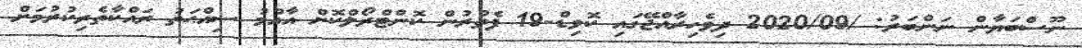
ނޫސްބަޔާން ނަންބަރު: /2020/09 ދިވެހިރާއްޖޭގައި ކޮވިޑް-19 ފެތުރުން ކޮންޓްރޯލްކޮށް އާއްމު ސިއްޙަތު ރައްކާތެރިކުރުމަށް